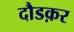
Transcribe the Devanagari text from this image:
दौडक़र